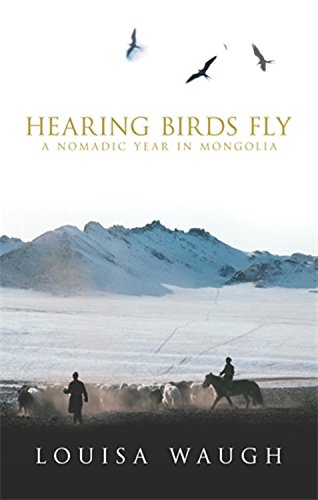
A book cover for Hearing Birds Fly: A Nomadic Year in Mongolia; Louisa Waugh; Travel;